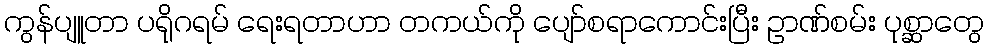
ကွန်ပျူတာ ပရိုဂရမ် ရေးရတာဟာ တကယ်ကို ပျော်စရာကောင်းပြီး ဥာဏ်စမ်း ပုစ္ဆာတွေ